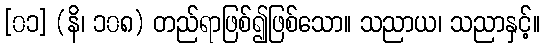
[၀၁] (နိ၊ ၁၀၈) တည်ရာဖြစ်၍ဖြစ်သော။ သညာယ၊ သညာနှင့်။